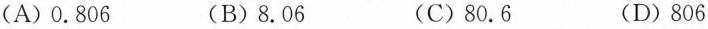
(A)0.806 (B)8.06 (C)80.6 (D)806